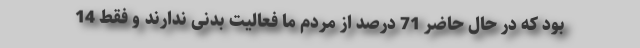
بود که در حال حاضر 71 درصد از مردم ما فعالیت بدنی ندارند و فقط 14